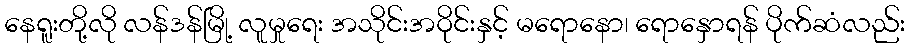
နေရူးတို့လို လန်ဒန်မြို့ လူမှုရေး အသိုင်းအဝိုင်းနှင့် မရောနော၊ ရောနှောရန် ပိုက်ဆံလည်း